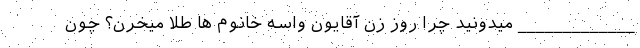
_____________ میدونید چرا روز زن آقایون واسه خانوم ها طلا میخرن؟ چون